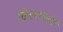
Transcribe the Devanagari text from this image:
किरणधाराएँ